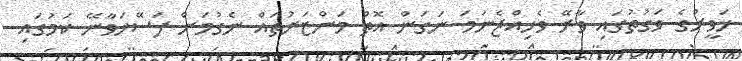
ހަވީރުގެ ވަގުތުގައި ވާރޭ ވެހިއްޖެނަމަ ނަގަން އޮތް މަންޒަރުތައް ނެގުމަށް ފަސޭހަވާނޭ ކަމުގައި